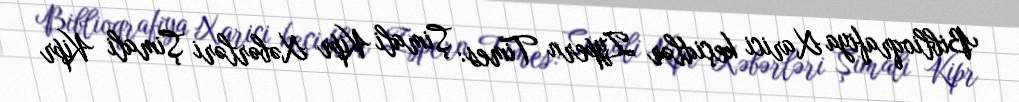
Biblioqrafiya Xarici keçidlər Zypern Times: Şimali Kipr Xəbərləri Şimali Kipr